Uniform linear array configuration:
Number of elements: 4
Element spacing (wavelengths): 0.25
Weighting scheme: hamming
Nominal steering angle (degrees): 45
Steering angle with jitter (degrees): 43.32
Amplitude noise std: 0.05
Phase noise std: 0.05

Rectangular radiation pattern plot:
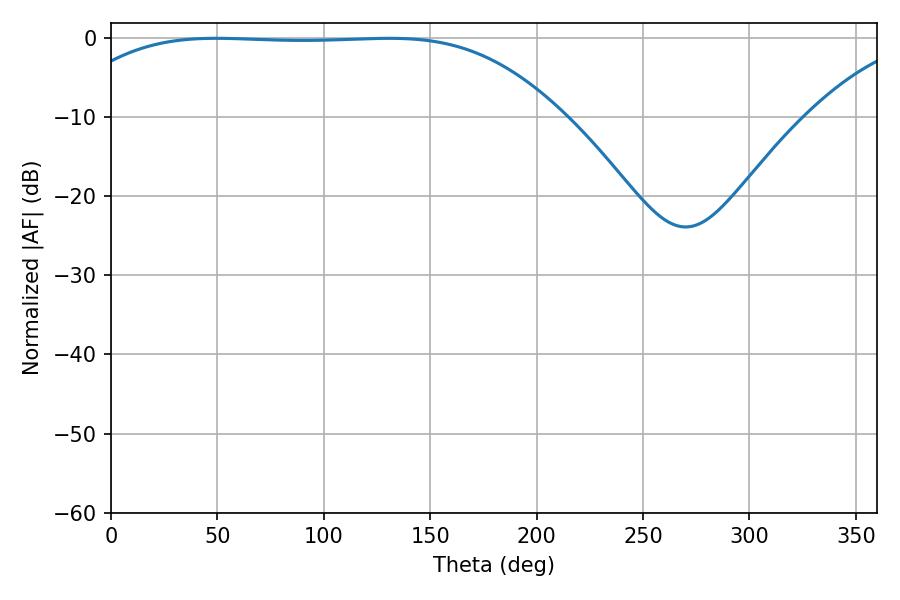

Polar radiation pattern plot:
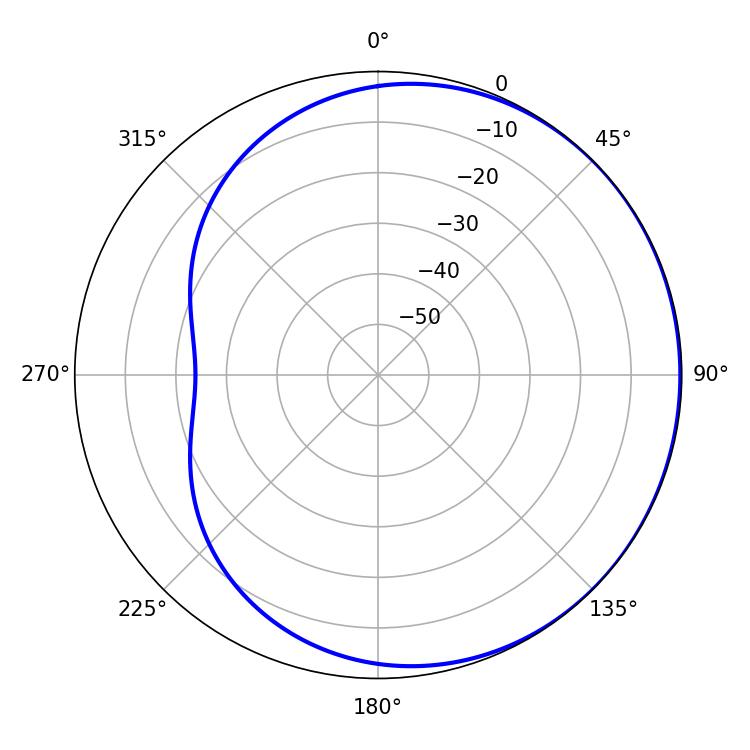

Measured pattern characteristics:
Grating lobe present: FALSE
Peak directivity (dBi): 0.4932
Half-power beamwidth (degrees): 180.9
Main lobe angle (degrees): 49.5